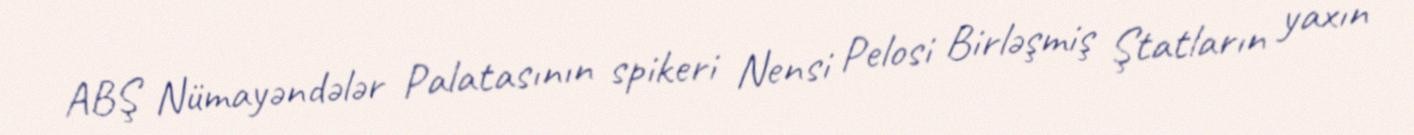
ABŞ Nümayəndələr Palatasının spikeri Nensi Pelosi Birləşmiş Ştatların yaxın